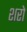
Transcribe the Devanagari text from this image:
शरो